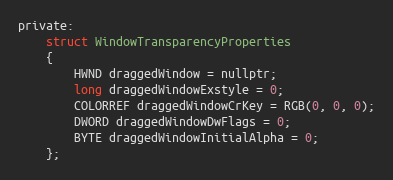
Language: C
private:
    struct WindowTransparencyProperties
    {
        HWND draggedWindow = nullptr;
        long draggedWindowExstyle = 0;
        COLORREF draggedWindowCrKey = RGB(0, 0, 0);
        DWORD draggedWindowDwFlags = 0;
        BYTE draggedWindowInitialAlpha = 0;
    };